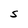
Character: S